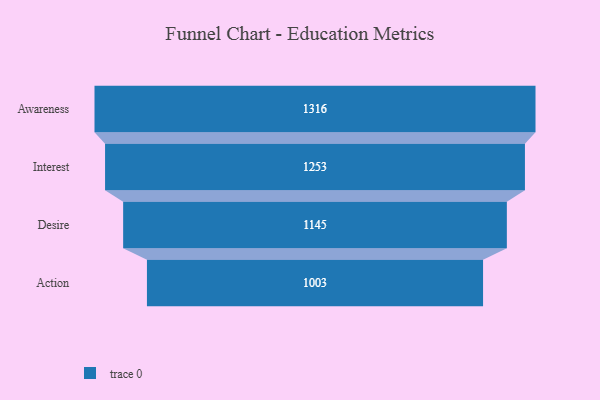
{"axis": {"x": "Stage", "y": "Value"}, "legend": [""], "data": [{"x": "Awareness", "y": 1316.0, "type": ""}, {"x": "Interest", "y": 1253.0, "type": ""}, {"x": "Desire", "y": 1145.0, "type": ""}, {"x": "Action", "y": 1003.0, "type": ""}]}